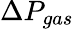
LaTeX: \Delta P_{gas}